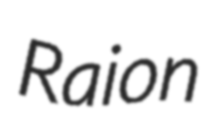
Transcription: Raion